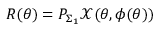
R ( \theta ) = P _ { \Sigma _ { 1 } } \mathcal { X } ( \theta , \phi ( \theta ) )